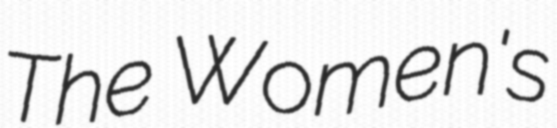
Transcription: The Women's